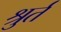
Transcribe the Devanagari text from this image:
श्रुर्त